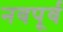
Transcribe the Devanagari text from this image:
नवपूर्व